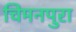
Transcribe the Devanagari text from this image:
चिमनपुरा